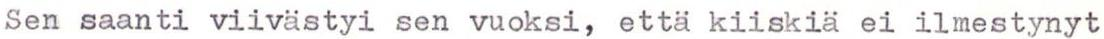
Sen saanti viivästyi sen vuoksi, että kiiskiä ei ilmestynyt